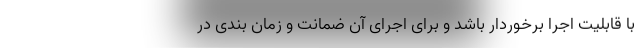
با قابلیت اجرا برخوردار باشد و برای اجرای آن ضمانت و زمان بندی در